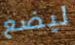
ليضع